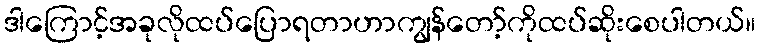
ဒါကြောင့်အခုလိုထပ်ပြောရတာဟာကျွန်တော့်ကိုထပ်ဆိုးစေပါတယ်။